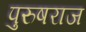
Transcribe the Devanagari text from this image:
पुरुषराज